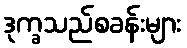
ဒုက္ခသည်စခန်းများ